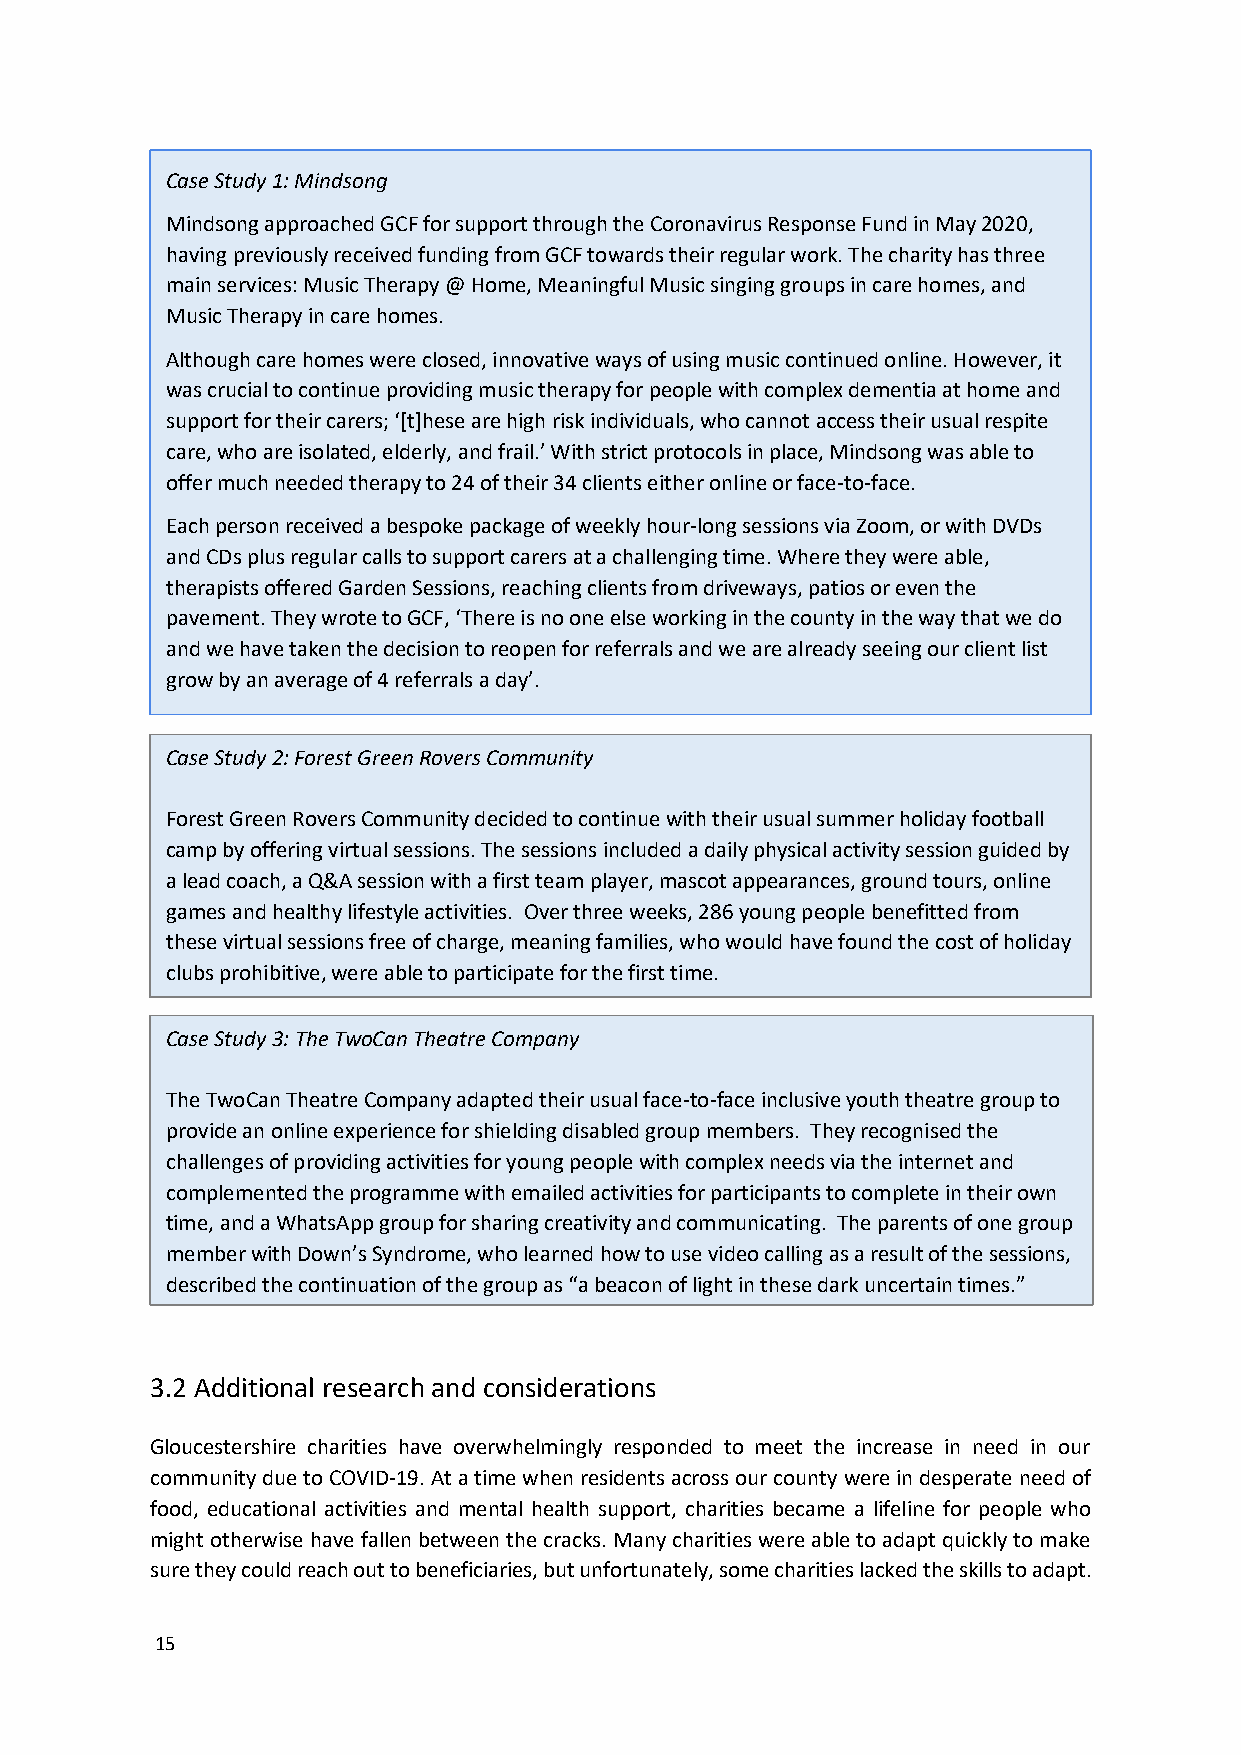
Case Study 1: Mindsong
 Mindsong approached GCF for support through the Coronavirus Response Fund in May 2020,
 having previously received funding from GCF towards their regular work. The charity has three
 main services: Music Therapy @ Home, Meaningful Music singing groups in care homes, and
 Music Therapy in care homes.
 Although care homes were closed, innovative ways of using music continued online. However, it
 was crucial to continue providing music therapy for people with complex dementia at home and
 support for their carers; ‘[t]hese are high risk individuals, who cannot access their usual respite
 care, who are isolated, elderly, and frail.’ With strict protocols in place, Mindsong was able to
 offer much needed therapy to 24 of their 34 clients either online or face-to-face.
 Each person received a bespoke package of weekly hour-long sessions via Zoom, or with DVDs
 and CDs plus regular calls to support carers at a challenging time. Where they were able,
 therapists offered Garden Sessions, reaching clients from driveways, patios or even the
 pavement. They wrote to GCF, ‘There is no one else working in the county in the way that we do
 and we have taken the decision to reopen for referrals and we are already seeing our client list
 grow by an average of 4 referrals a day’.
 Case Study 2: Forest Green Rovers Community
 Forest Green Rovers Community decided to continue with their usual summer holiday football
 camp by offering virtual sessions. The sessions included a daily physical activity session guided by
 a lead coach, a Q&A session with a first team player, mascot appearances, ground tours, online
 games and healthy lifestyle activities. Over three weeks, 286 young people benefitted from
 these virtual sessions free of charge, meaning families, who would have found the cost of holiday
 clubs prohibitive, were able to participate for the first time.
 Case Study 3: The TwoCan Theatre Company
 The TwoCan Theatre Company adapted their usual face-to-face inclusive youth theatre group to
 provide an online experience for shielding disabled group members. They recognised the
 challenges of providing activities for young people with complex needs via the internet and
 complemented the programme with emailed activities for participants to complete in their own
 time, and a WhatsApp group for sharing creativity and communicating. The parents of one group
 member with Down’s Syndrome, who learned how to use video calling as a result of the sessions,
 described the continuation of the group as “a beacon of light in these dark uncertain times.”
 3.2 Additional research and considerations
 Gloucestershire charities have overwhelmingly responded to meet the increase in need in our
 community due to COVID-19. At a time when residents across our county were in desperate need of
 food, educational activities and mental health support, charities became a lifeline for people who
 might otherwise have fallen between the cracks. Many charities were able to adapt quickly to make
 sure they could reach out to beneficiaries, but unfortunately, some charities lacked the skills to adapt.
 15